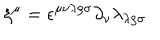
\xi ^ { \mu } = \epsilon ^ { \mu \nu \lambda \rho \sigma } \partial _ { \nu } \lambda _ { \lambda \rho \sigma }